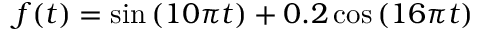
f ( t ) = \sin { ( 1 0 \pi t ) } + 0 . 2 \cos { ( 1 6 \pi t ) }